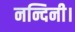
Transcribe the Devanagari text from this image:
नन्दिनी।